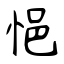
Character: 悒